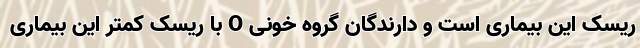
ریسک این بیماری است و دارندگان گروه خونی O با ریسک کمتر این بیماری